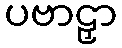
ပဗာဠှာ